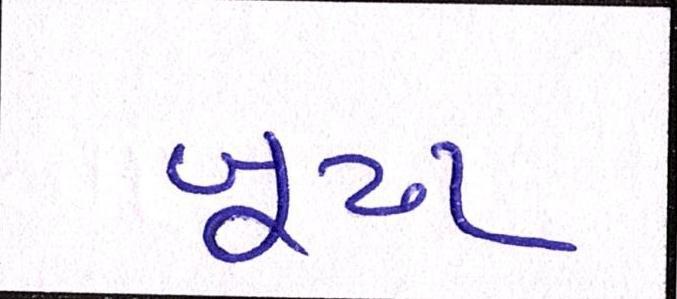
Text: બૂઢા